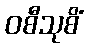
ဝစီသုစိံ